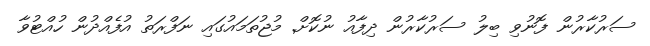
ސަރުކާރުން ފޮނުވި ބިލު ސަރުކާރުން ދިފާއު ނުކޮށް